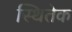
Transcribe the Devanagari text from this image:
स्थितेक